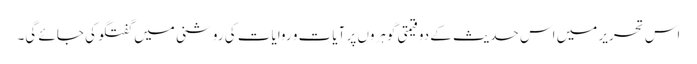
اس تحریر میں اس حدیث کے دو قیمتی گوہروں پر آیات و روایات کی روشنی میں گفتگو کی جائے گی۔